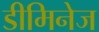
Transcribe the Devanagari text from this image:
डीमिनेज